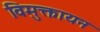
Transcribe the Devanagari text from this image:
विमुक्तायन